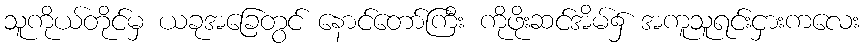
သူကိုယ်တိုင်မှ ယခုအခြေတွင် နောင်တော်ကြီး ကိုဖိုးဆင်အိမ်၌ အကူသူရင်းငှားကလေး